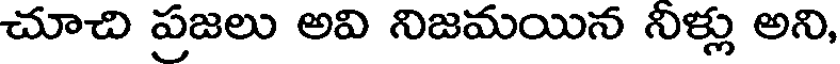
చూచి ప్రజలు అవి నిజమయిన నీళ్లు అని,